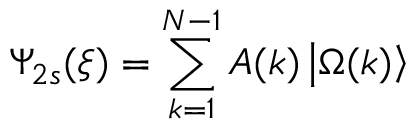
\Psi _ { 2 s } ( \xi ) = \sum _ { k = 1 } ^ { N - 1 } A ( k ) \left| \Omega ( k ) \right\rangle